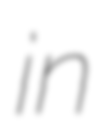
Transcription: in